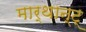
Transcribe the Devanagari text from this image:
मार्थान्ट्